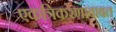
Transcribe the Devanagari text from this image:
एकत्रिकरणाबाबत